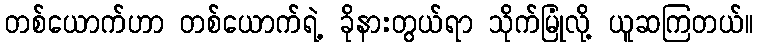
တစ်ယောက်ဟာ တစ်ယောက်ရဲ့ ခိုနားတွယ်ရာ သိုက်မြုံလို့ ယူဆကြတယ်။